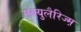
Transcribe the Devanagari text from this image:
सेक्युलैरिज्म़